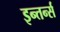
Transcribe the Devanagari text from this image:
इन्तर्न्स